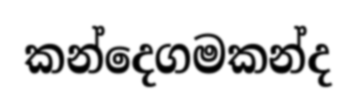
කන්දෙගමකන්ද